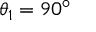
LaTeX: \theta _ { 1 } = 9 0 ^ { \circ }